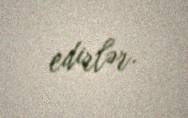
edirlər.